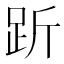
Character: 𧿧